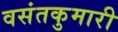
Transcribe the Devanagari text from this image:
वसंतकुमारी